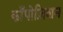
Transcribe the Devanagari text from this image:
काँपोज़िशन